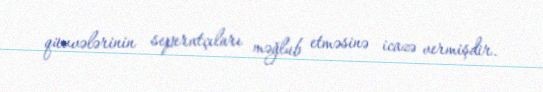
qüvvələrinin seperatçıları məğlub etməsinə icazə vermişdir.